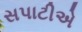
સપાટીએ